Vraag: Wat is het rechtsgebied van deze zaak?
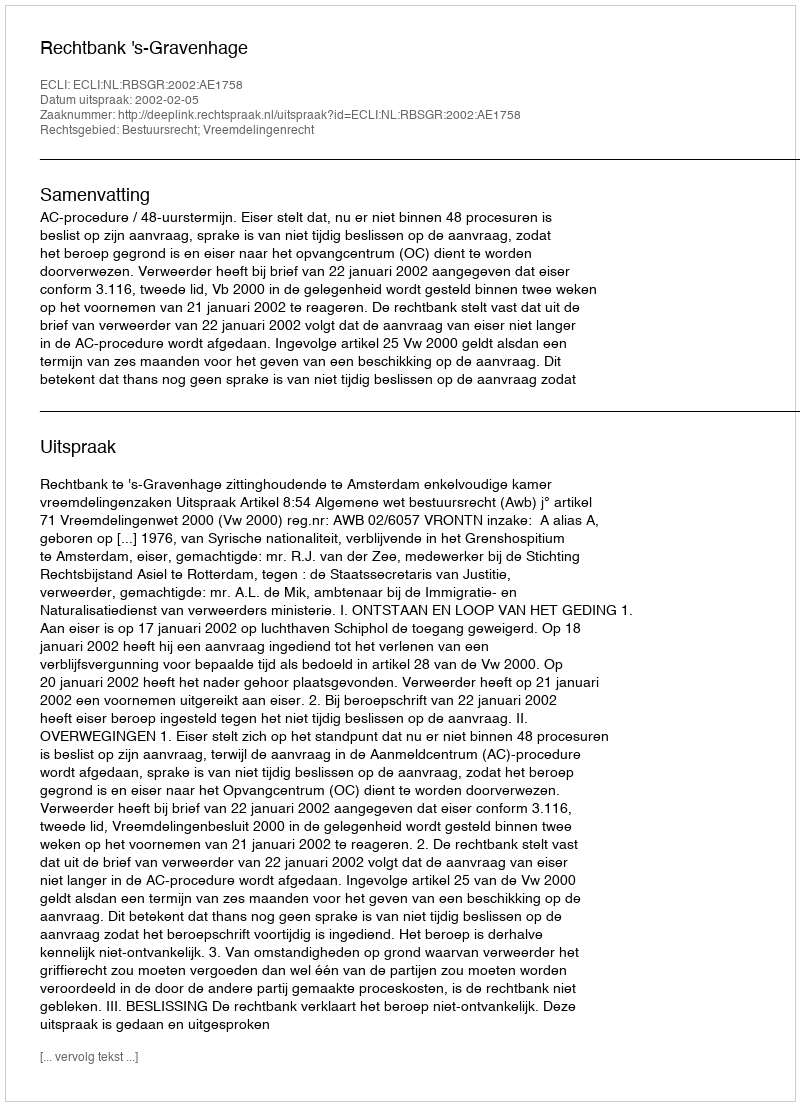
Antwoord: Bestuursrecht; Vreemdelingenrecht